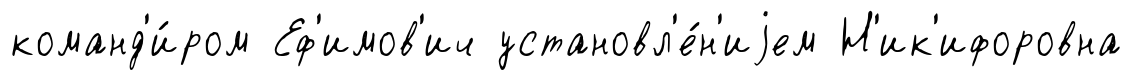
команд'и́ром Еф'имов'ич установл'е́н'иjем Н'ик'ифоровна